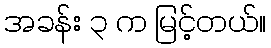
အခန်း ၃ က မြင့်တယ်။